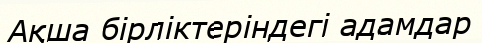
Ақша бірліктеріндегі адамдар